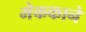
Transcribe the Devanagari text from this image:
मेककाने